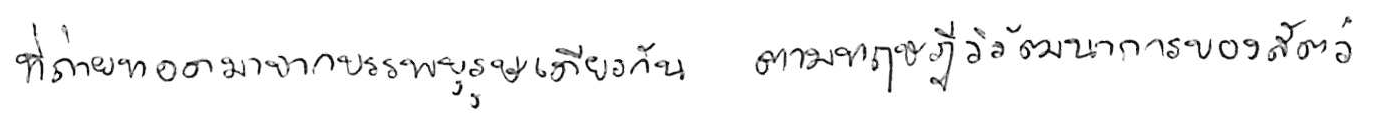
ที่ถ่ายทอดมาจากบรรพบุรุษเดียวกัน ตามทฤษฎีวิวัฒนาการของสัตว์